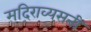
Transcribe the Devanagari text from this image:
मदिराव्यसनी